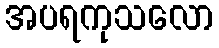
အပရကုသလော